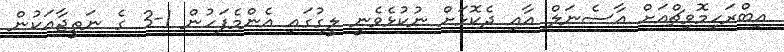
އިބްރަހިމޮވިޗްއަށް އާސެނަލް އާއި ދެކޮޅަށް ނުކުޅެވެނީ ލީގުގައި އެންމެފަހުން 1-3 ގެ ނަތީޖާއަކުން